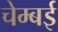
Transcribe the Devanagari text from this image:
चेम्बई